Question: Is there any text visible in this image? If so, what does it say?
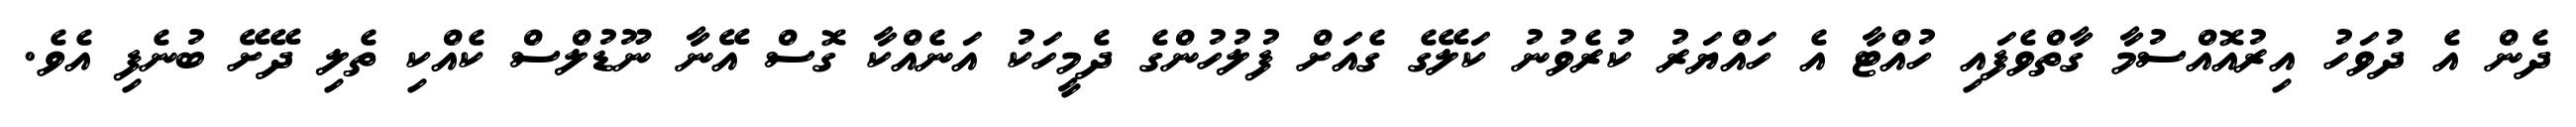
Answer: ދެން އެ ދުވަހު އިރުއޮއްސުމާ ގާތްވެފައި ހުއްޓާ އެ ހައްޔަރު ކުރެވުނު ކަލޭގެ ގެއަށް ފުލުހުންގެ ދެމީހަކު އަނެއްކާ ގޮސް އޭނާ ނޫޑުލްސް ކެއްކި ތެލި ދޭށޭ ބުނެފި އެވެ.